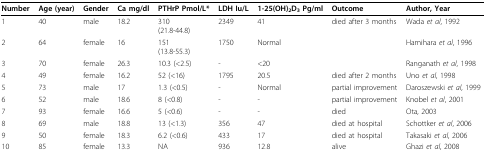
| Number | Age (year) | Gender | Ca mg/dl | PTHrP Pmol/L* | LDH Iu/L | 1-25(OH)2D3 Pg/ml | Outcome | Author, Year |
 | --- | --- | --- | --- | --- | --- | --- | --- | --- |
 | 1 | 40 | male | 18.2 | 310(21.8-44.8) | 2349 | 41 | died after 3 months | Wada et al, 1992 |
 | 2 | 64 | female | 16 | 151(13.8-55.3) | 1750 | Normal |  | Hamihara et al, 1996 |
 | 3 | 70 | female | 26.3 | 10.3 (<2.5) | - | <20 |  | Ranganath et al, 1998 |
 | 4 | 49 | female | 16.2 | 52 (<16) | 1795 | 20.5 | died after 2 months | Uno et al, 1998 |
 | 5 | 73 | male | 17 | 1.3 (<0.5) | - | Normal | partial improvement | Daroszewski et al, 1999 |
 | 6 | 52 | male | 18.6 | 8 (<0.8) | - | - | partial improvement | Knobel et al, 2001 |
 | 7 | 93 | female | 16.6 | 5 (<0.6) | - | - | died | Ota, 2003 |
 | 8 | 69 | male | 18.8 | 13 (<1.3) | 356 | 47 | died at hospital | Schottker et al, 2006 |
 | 9 | 50 | female | 18.3 | 6.2 (<0.6) | 433 | 17 | died at hospital | Takasaki et al, 2006 |
 | 10 | 85 | female | 13.3 | NA | 936 | 12.8 | alive | Ghazi et al, 2008 |